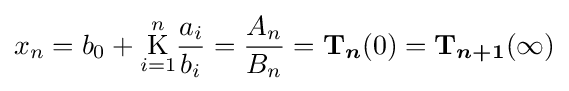
x_{n}=b_{0}+{\underset {i=1}{\overset {n}{\operatorname {K} }}}{\frac {a_{i}}{b_{i}}}={\frac {A_{n}}{B_{n}}}={\boldsymbol {\mathrm {T} }}_{\boldsymbol {n}}(0)={\boldsymbol {\mathrm {T} }}_{\boldsymbol {n+1}}(\infty )